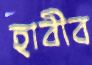
হাবীব